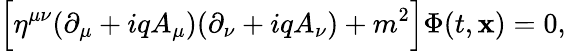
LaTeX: \Bigl[\eta^{\mu\nu}(\partial_{\mu}+iqA_{\mu})(\partial_{\nu}+iqA_{\nu})+m^{2}\Bigr]\Phi(t,{\mathbf x})=0,